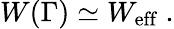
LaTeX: W(\Gamma)\simeq W_{\mathrm{eff}}\ .